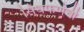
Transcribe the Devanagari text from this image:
सिंधफणेची